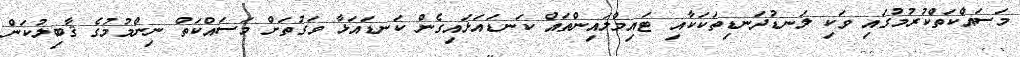
މަސައްކަތްކުރުމުގައި ވަކި ލަނޑުދަނޑިތަކަކާއި ޓައިމްލައިންތައް ކަނޑައަޅައިގެން ކަނޑައަޅާ ވަގުތަށް މަސައްކަތް ނިންމުމުގެ ޤާބިލުކަން